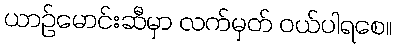
ယာဉ်မောင်းဆီမှာ လက်မှတ် ဝယ်ပါရစေ။